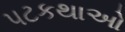
પટકથાઓ